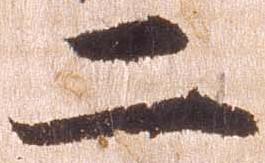
二